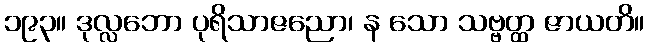
၁၉၃။ ဒုလ္လဘော ပုရိသာဇညော၊ န သော သဗ္ဗတ္ထ ဇာယတိ။